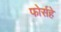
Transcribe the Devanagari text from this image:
फोर्सहे